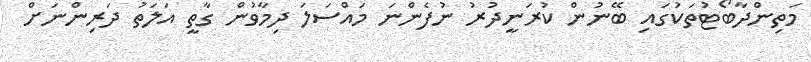
މަތިންދާބޯޓުތަކުގައި ބޭނުން ކުރަނީދުރު ނުފެންނަ މައްސަލަ ދިމާވުން ގާތީ އަލަތު ދަރިންނަށް